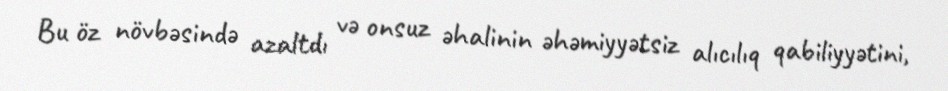
Bu öz növbəsində azaltdı və onsuz əhalinin əhəmiyyətsiz alıcılıq qabiliyyətini,